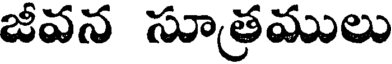
జీవన సూత్రములు